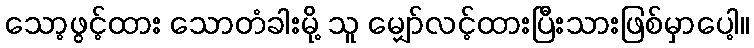
သော့ဖွင့်ထား သောတံခါးမို့ သူ မျှော်လင့်ထားပြီးသားဖြစ်မှာပေါ့။